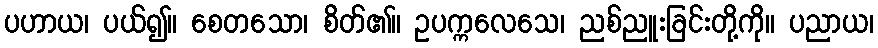
ပဟာယ၊ ပယ်၍။ စေတသော၊ စိတ်၏။ ဥပက္ကလေသေ၊ ညစ်ညူးခြင်းတို့ကို။ ပညာယ၊